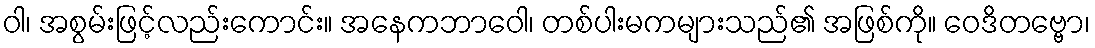
ဝါ၊ အစွမ်းဖြင့်လည်းကောင်း။ အနေကဘာဝေါ၊ တစ်ပါးမကများသည်၏ အဖြစ်ကို။ ဝေဒိတဗ္ဗော၊